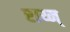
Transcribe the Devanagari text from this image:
राय्न्